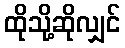
ထိုသို့ဆိုလျှင်